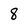
Character: 8